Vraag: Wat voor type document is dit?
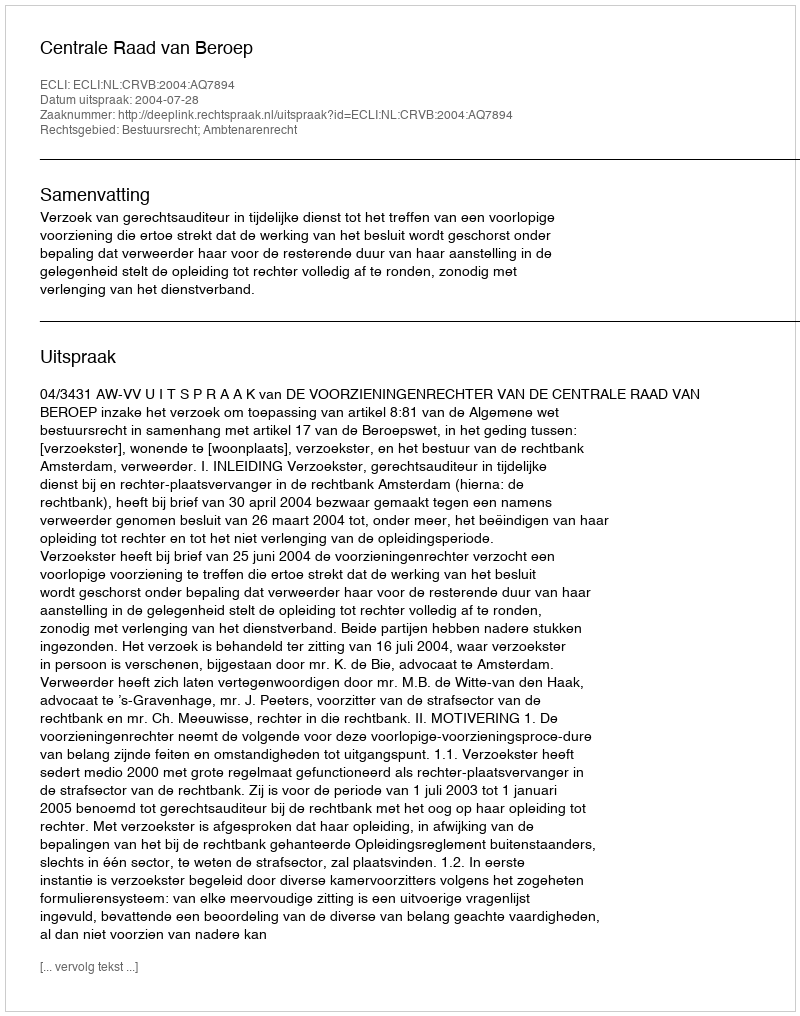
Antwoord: Uitspraak